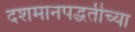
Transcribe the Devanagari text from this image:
दशमानपद्धतीच्या